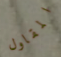
المقاول